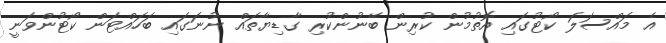
އެ މައްސަލަ ކޯޓުގައި އޮތުމުން ކުރިން ބޭނުންކުރި ގާޑިޔާތައް ނުނަގައި ބަހައްޓަން ކޯޓުންވަނީ